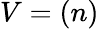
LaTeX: V=(n)